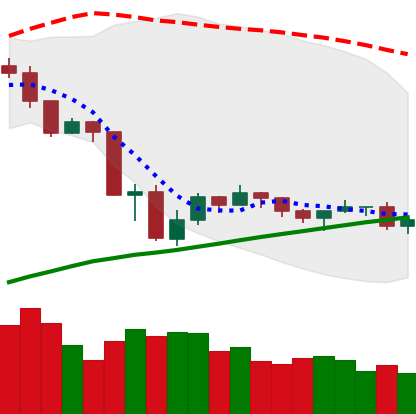
Ticker: ETH-USD
Chart end date: 2019-07-28
Forward return: 3.165%
Label: up_3_5